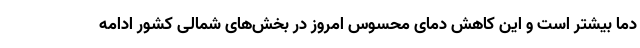
دما بیشتر است و این کاهش دمای محسوس امروز در بخش‌های شمالی کشور ادامه